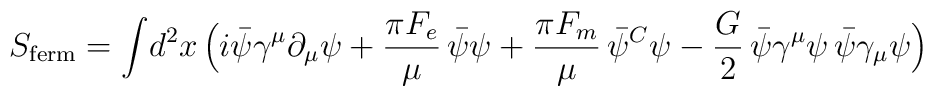
S_{\rm ferm} = \int\! d^2x\, \Bigl( i\bar\psi \gamma^{\mu}\partial_{\mu}\psi +{\pi F_e\over\mu}\, \bar\psi\psi + {\pi F_m\over\mu}\, \bar\psi^C \psi -{G\over 2}\, \bar\psi\gamma^{\mu}\psi\, \bar\psi\gamma_{\mu}\psi\Bigr)